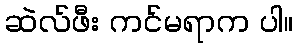
ဆဲလ်ဖီး ကင်မရာက ပါ။